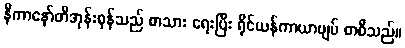
နီကာနော်တီအုန်းစုန်သည် စာသား ရေးပြီး ရိုင်ယန်ကာယာဗျပ် စာစီသည်။